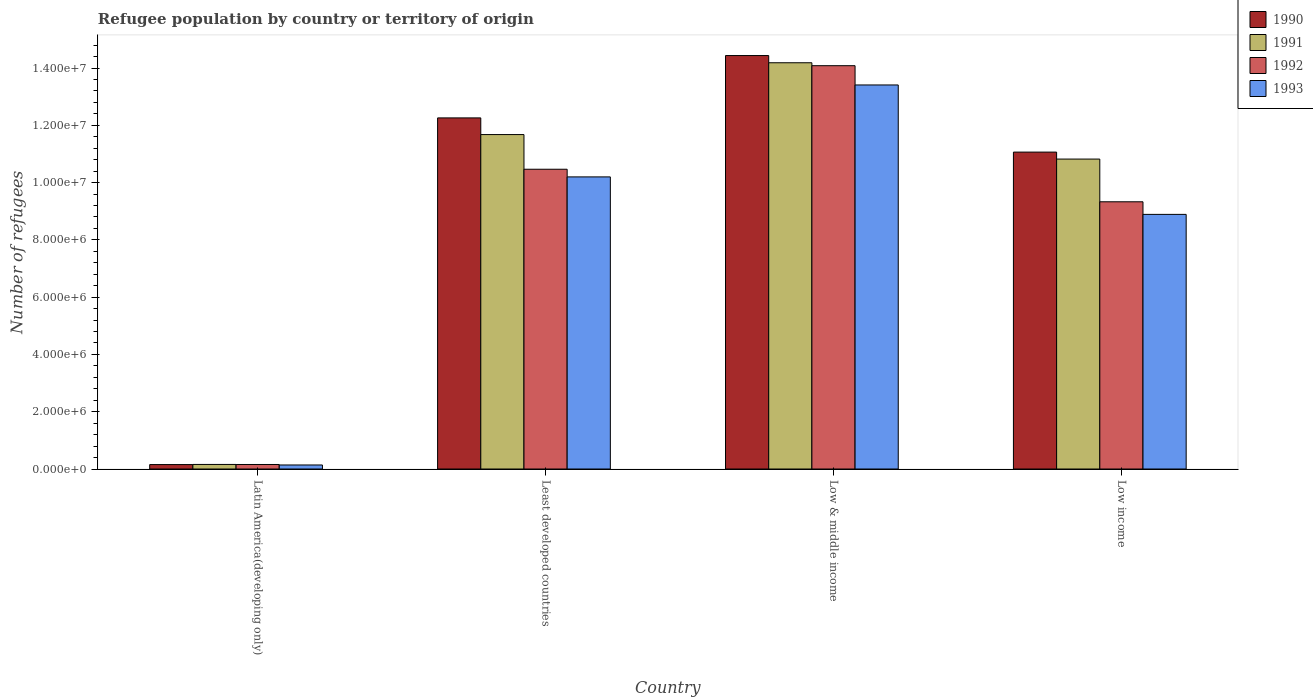
| Country | 1990 | 1991 | 1992 | 1993 |
 | --- | --- | --- | --- | --- |
 | Latin America(developing only) | 1.55e+05 | 1.6e+05 | 1.58e+05 | 1.41e+05 |
 | Least developed countries | 1.23e+07 | 1.17e+07 | 1.05e+07 | 1.02e+07 |
 | Low & middle income | 1.44e+07 | 1.42e+07 | 1.41e+07 | 1.34e+07 |
 | Low income | 1.11e+07 | 1.08e+07 | 9.33e+06 | 8.89e+06 |